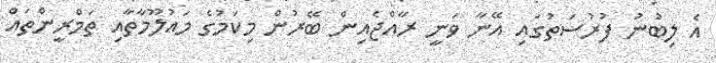
އެ ލިބުނު ފުރުސަތުގައި އޭނާ ވަނީ ރާއްޖެއިން ބޭރުން މިކަމުގެ މައުލޫމާތާއި ތަމްރީންތައް